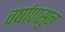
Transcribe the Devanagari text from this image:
वर्षापांसुन